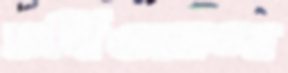
চর্বিওয়ালা